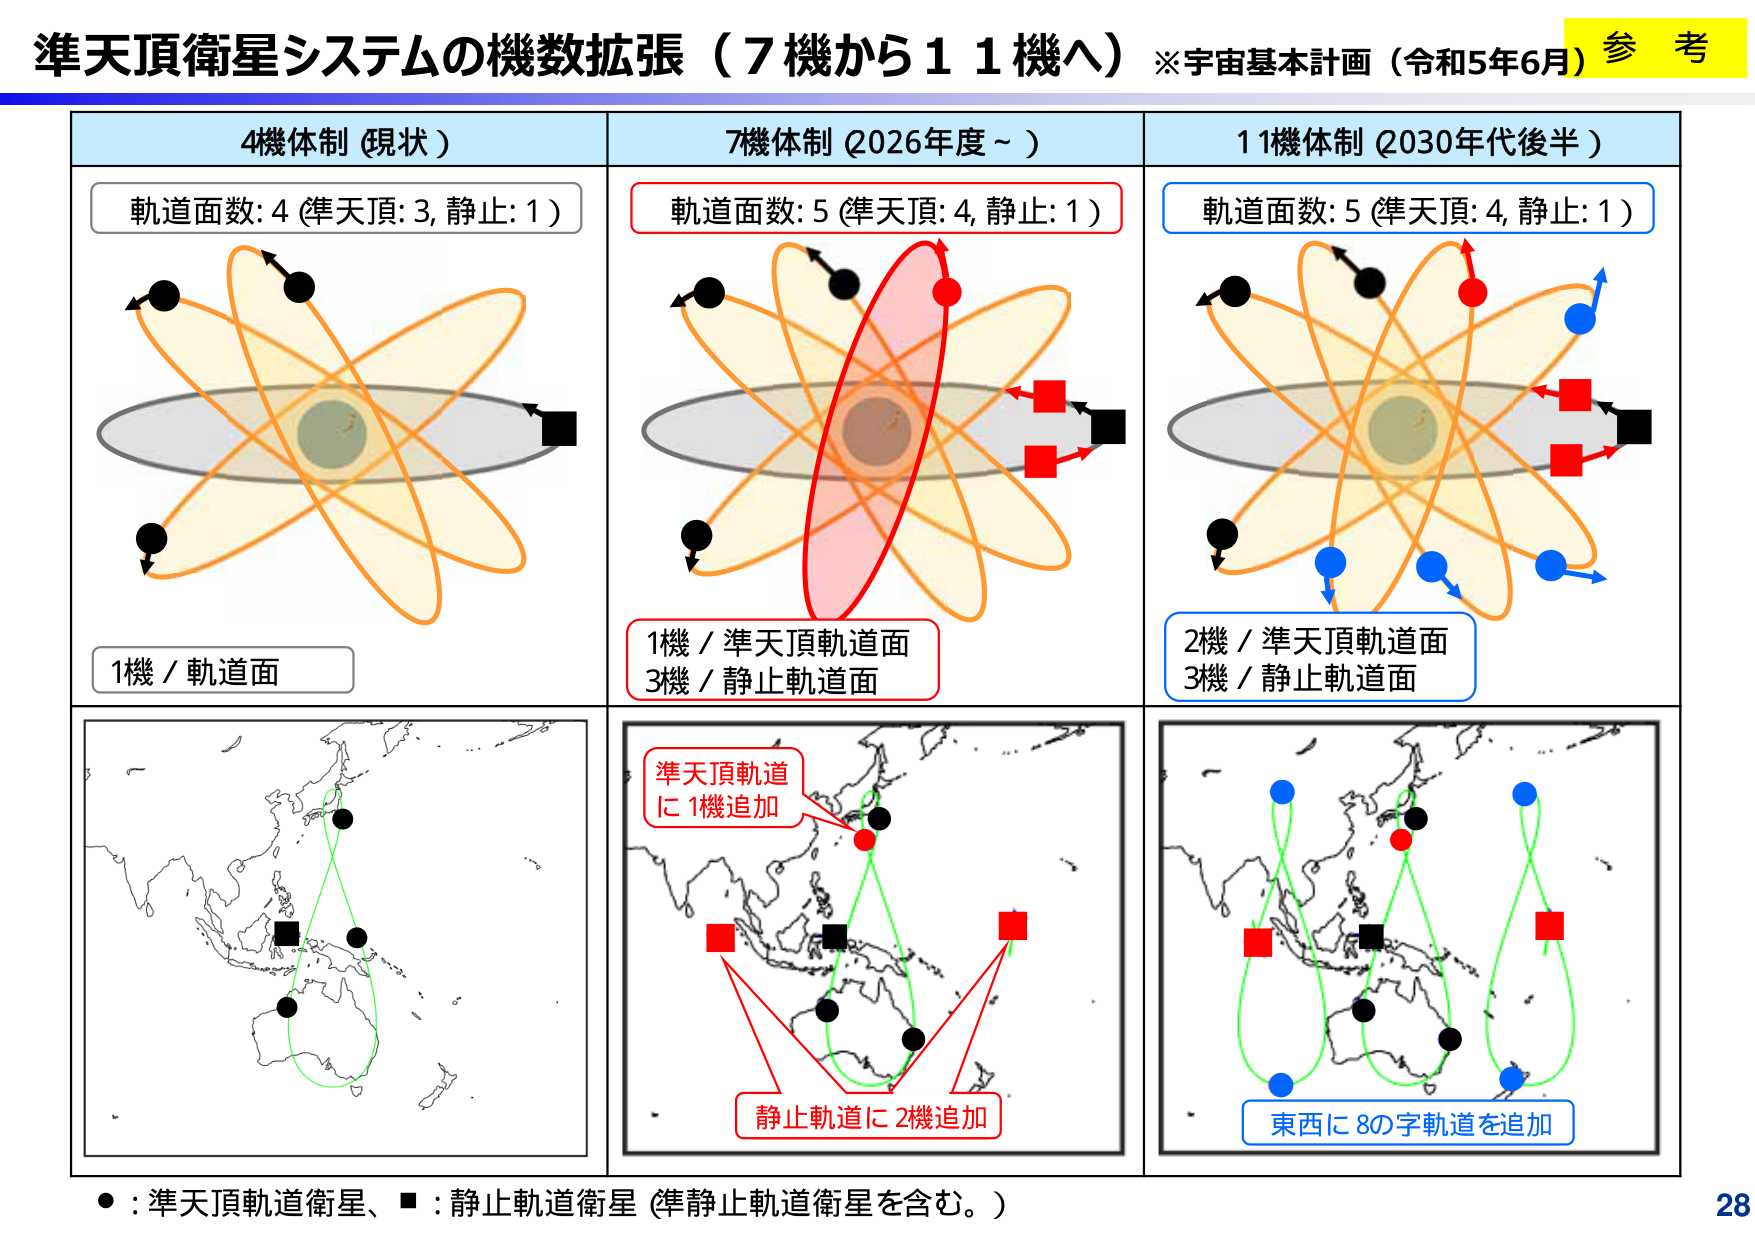
準天頂衛星システムの機数拡張（7機から11機へ）※宇宙基本計画（令和5年6月）参考

4機体制（現状）
軌道面数: 4（準天頂: 3, 静止: 1）
1機／軌道面

7機体制（2026年度～）
軌道面数: 5（準天頂: 4, 静止: 1）
1機／準天頂軌道面
3機／静止軌道面
準天頂軌道に1機追加
静止軌道に2機追加

11機体制（2030年代後半）
軌道面数: 5（準天頂: 4, 静止: 1）
2機／準天頂軌道面
3機／静止軌道面
東西に8の字軌道を追加

● : 準天頂軌道衛星、■ : 静止軌道衛星（準静止軌道衛星を含む。）

28